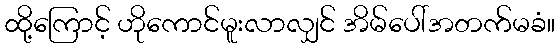
ထို့ကြောင့် ဟိုကောင်မူးလာလျှင် အိမ်ပေါ်အတက်မခံ။